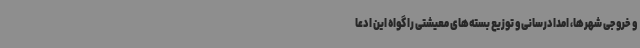
و خروجی شهرها، امدادرسانی و توزیع بسته‌های معیشتی را گواه این ادعا